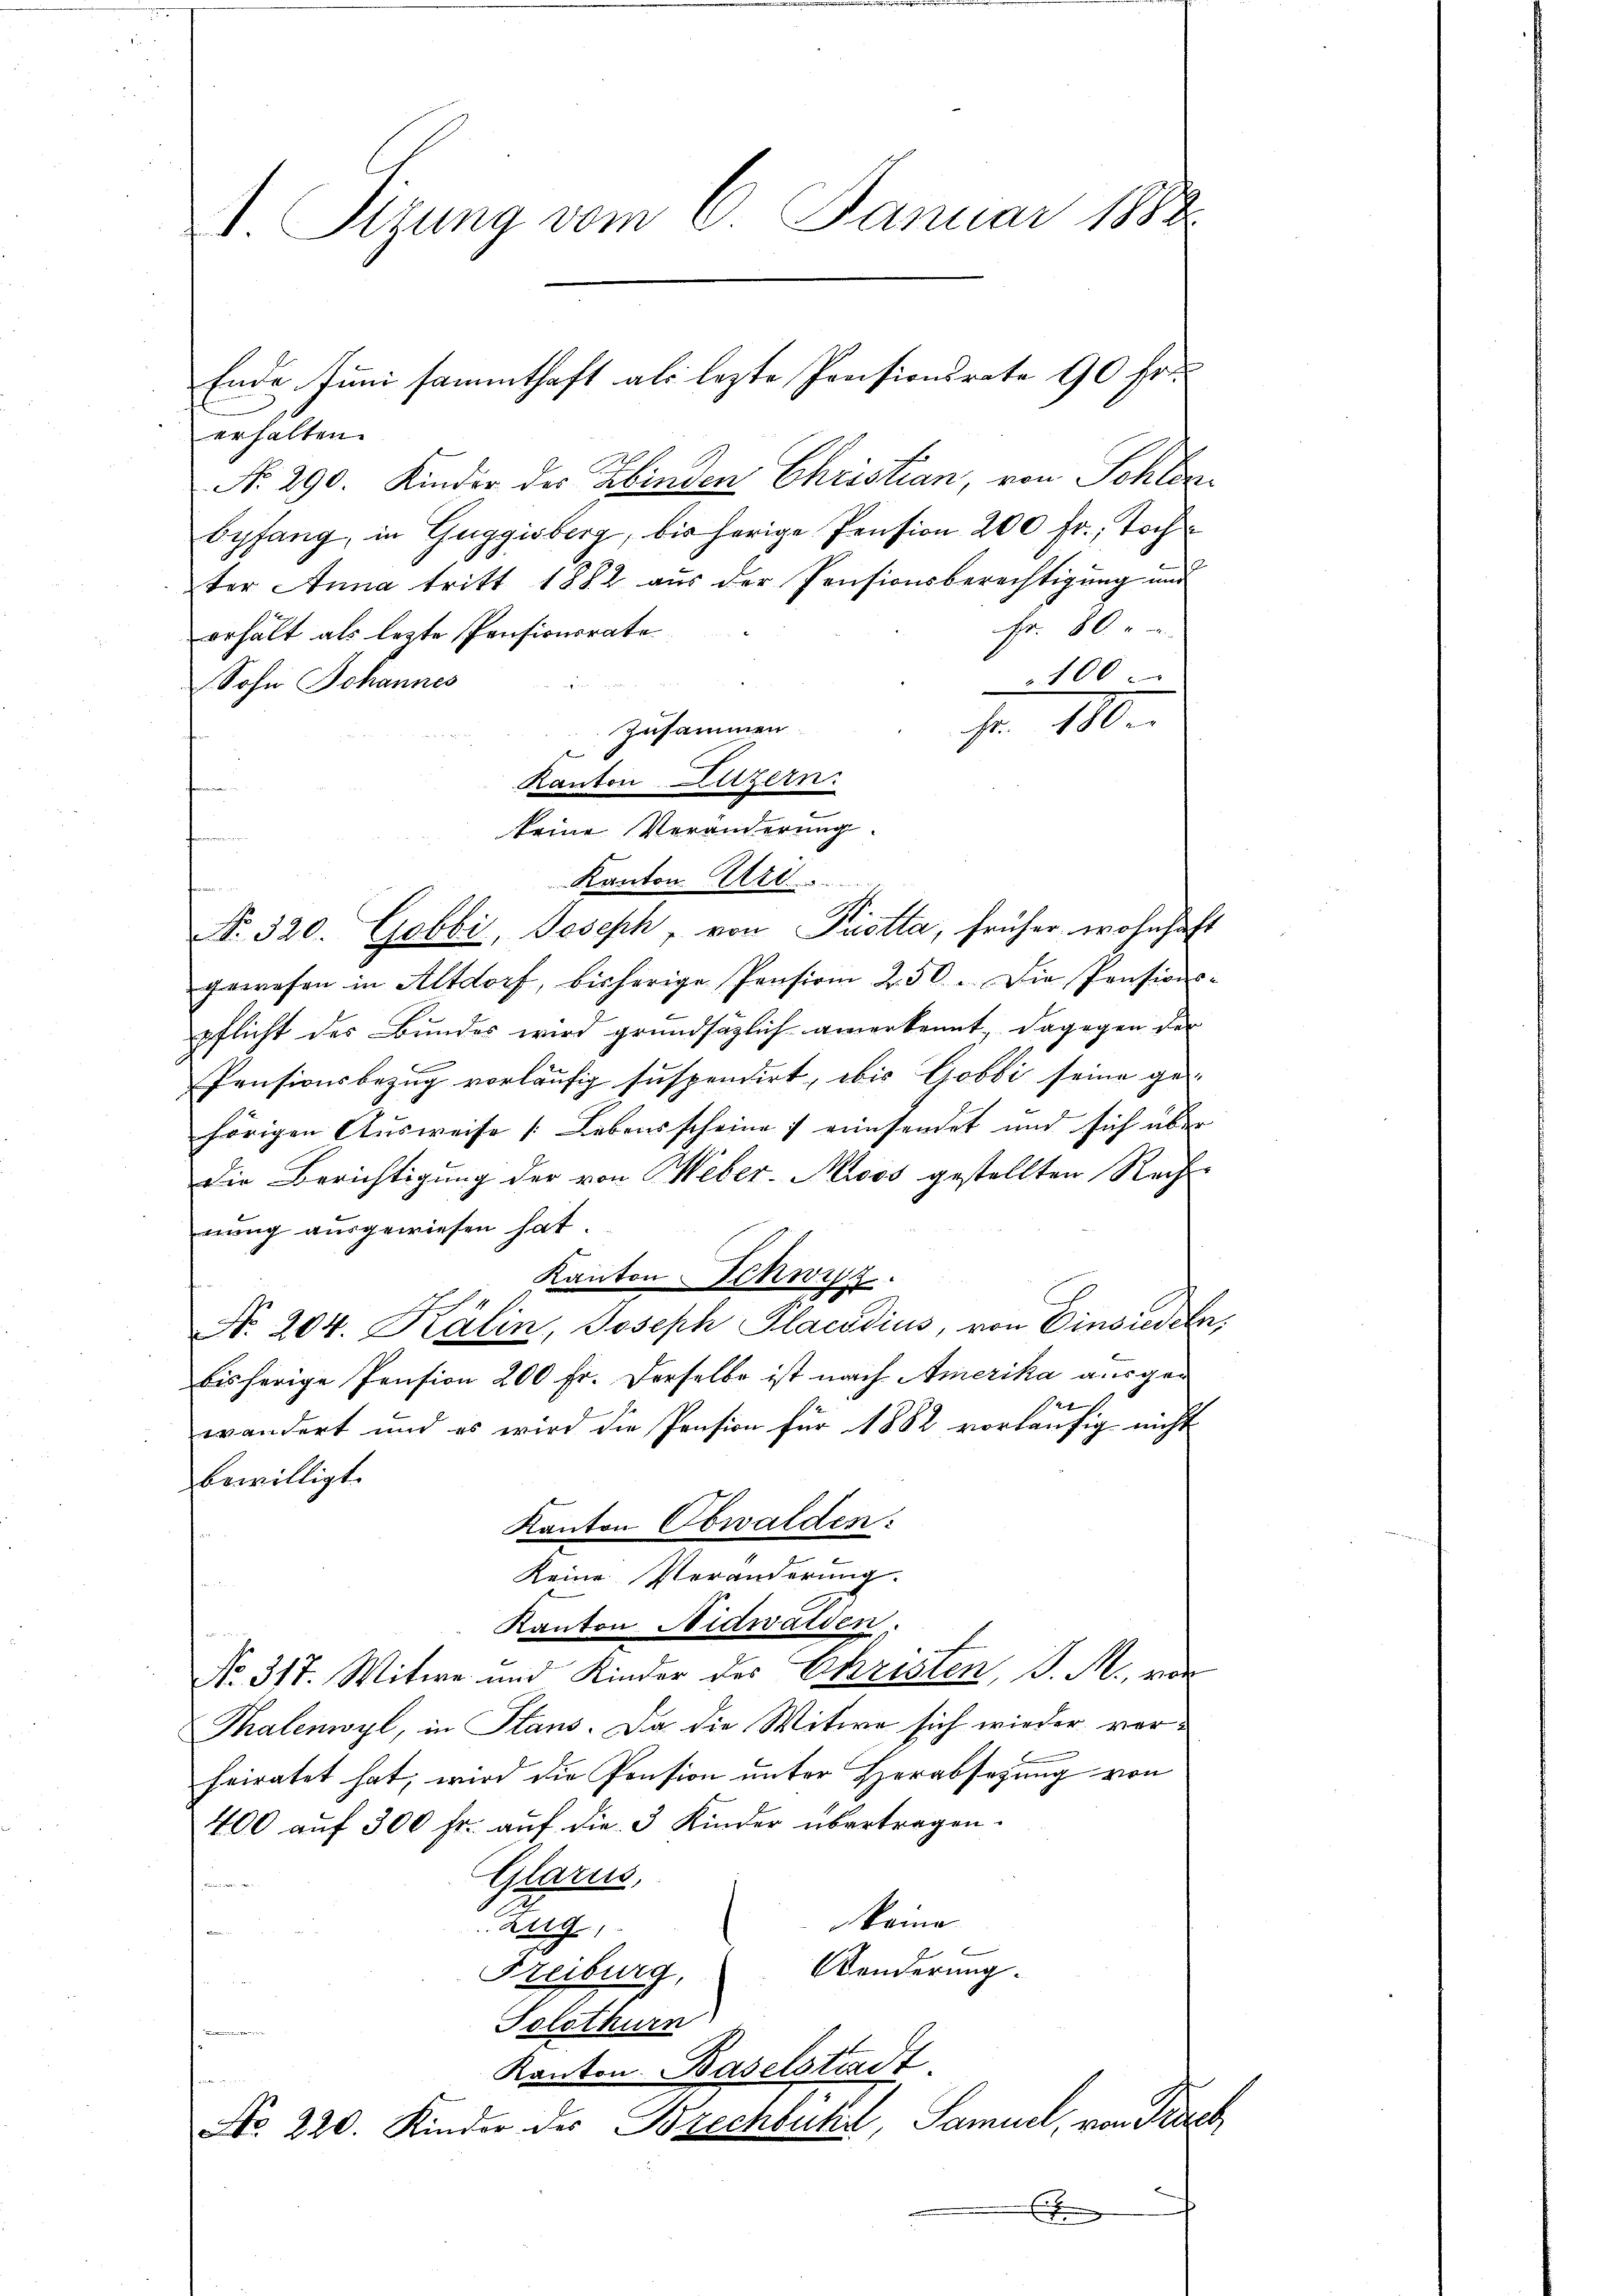
A. Sitzung vom 6. Januar 1888.
Ende Juni sammthaft als lezte Preisionsrate 90 Fr.

erhalten.
No. 290. Kinder der Hinden Christian, von Sohlen¬
Eyfang, in Guggisberg, bis herige Pension 200 fr., Tochter Anna tritt 1882 aus der Pensionsberechtigung und
Fr. 80.
erhält als lezte Pensionsrate
100
Sohn Johannes
Fr. 180
Kanton Luzern.
keine Veränderung.
Kanton Art.
t
No. 320. Gabbi, Joseph, von Piotta, früher wohnhaf
gewesen in Altdorf, bisherige Pension 250. Die Pensions-
pflicht des Bundes wird grundsätzlich anerkennt, dagegen der
f
Pensionsbezug vorläufig suspendirt, bis Gobbi seine ge-
hörigen Aŭsweise Lebensscheine / einsendet und sich über
Die Berichtigung der von Weber-Moos gestellten Recht-
nung ausgewiesen hat.
Kanton Schwyz.
No. 204. Kälin, Joseph Placedius, von Einsiedel
bisherige Pension 200 Fr. Derselbe ist nach Amerika ausge¬
1/24
wändert und es wird die Pension für 1882 vorläufig nicht
bewilligt.
Kanton Obwalden:
Keine Veränderung.
Kanton Nidwalden.
No. 317. Witwe und Kinder des Ehristen, P. M., vor
Thalenwyl, in Stans. Da die Witwe sich wieder verheiratet hat, wird die Pension unter Herabsetzung von
400 auf 300 fr. auf die 3 Kinder übertragen.
Glarus,
keine
Zug,
Aenderung.
Freiburg,
Solothurn
Kanton Baselstadt.
No. 220. Kinder des Brechbütin, Samuel, von Fruch

s

Zusammen